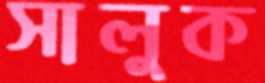
সালুক